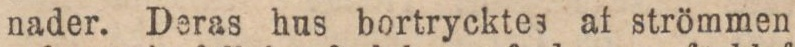
nader. Deras hus bortrycktes af strömmen